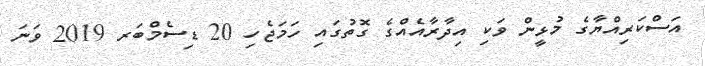
އަސްކަރިއްޔާގެ މުޅީން ވަކި އިދާރާއެއްގެ ގޮތުގައި ހަމަޖެހި 20 ޑިސެމްބަރ 2019 ވަނަ